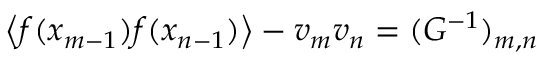
\left\langle f ( x _ { m - 1 } ) f ( x _ { n - 1 } ) \right\rangle - v _ { m } v _ { n } = ( G ^ { - 1 } ) _ { m , n }